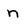
Character: n